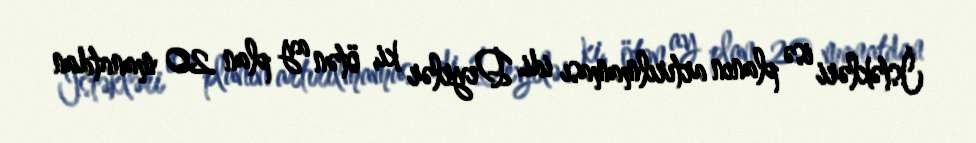
İstəkləri isə planın artırılmaması idi. Deyrlər ki, ötən ay plan 20 manatdan